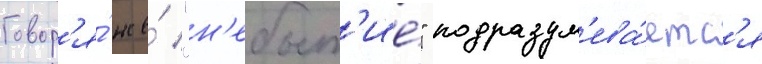
Говор'я́ же́ "н'ебыт'ие́" подразум'ева́етс'я